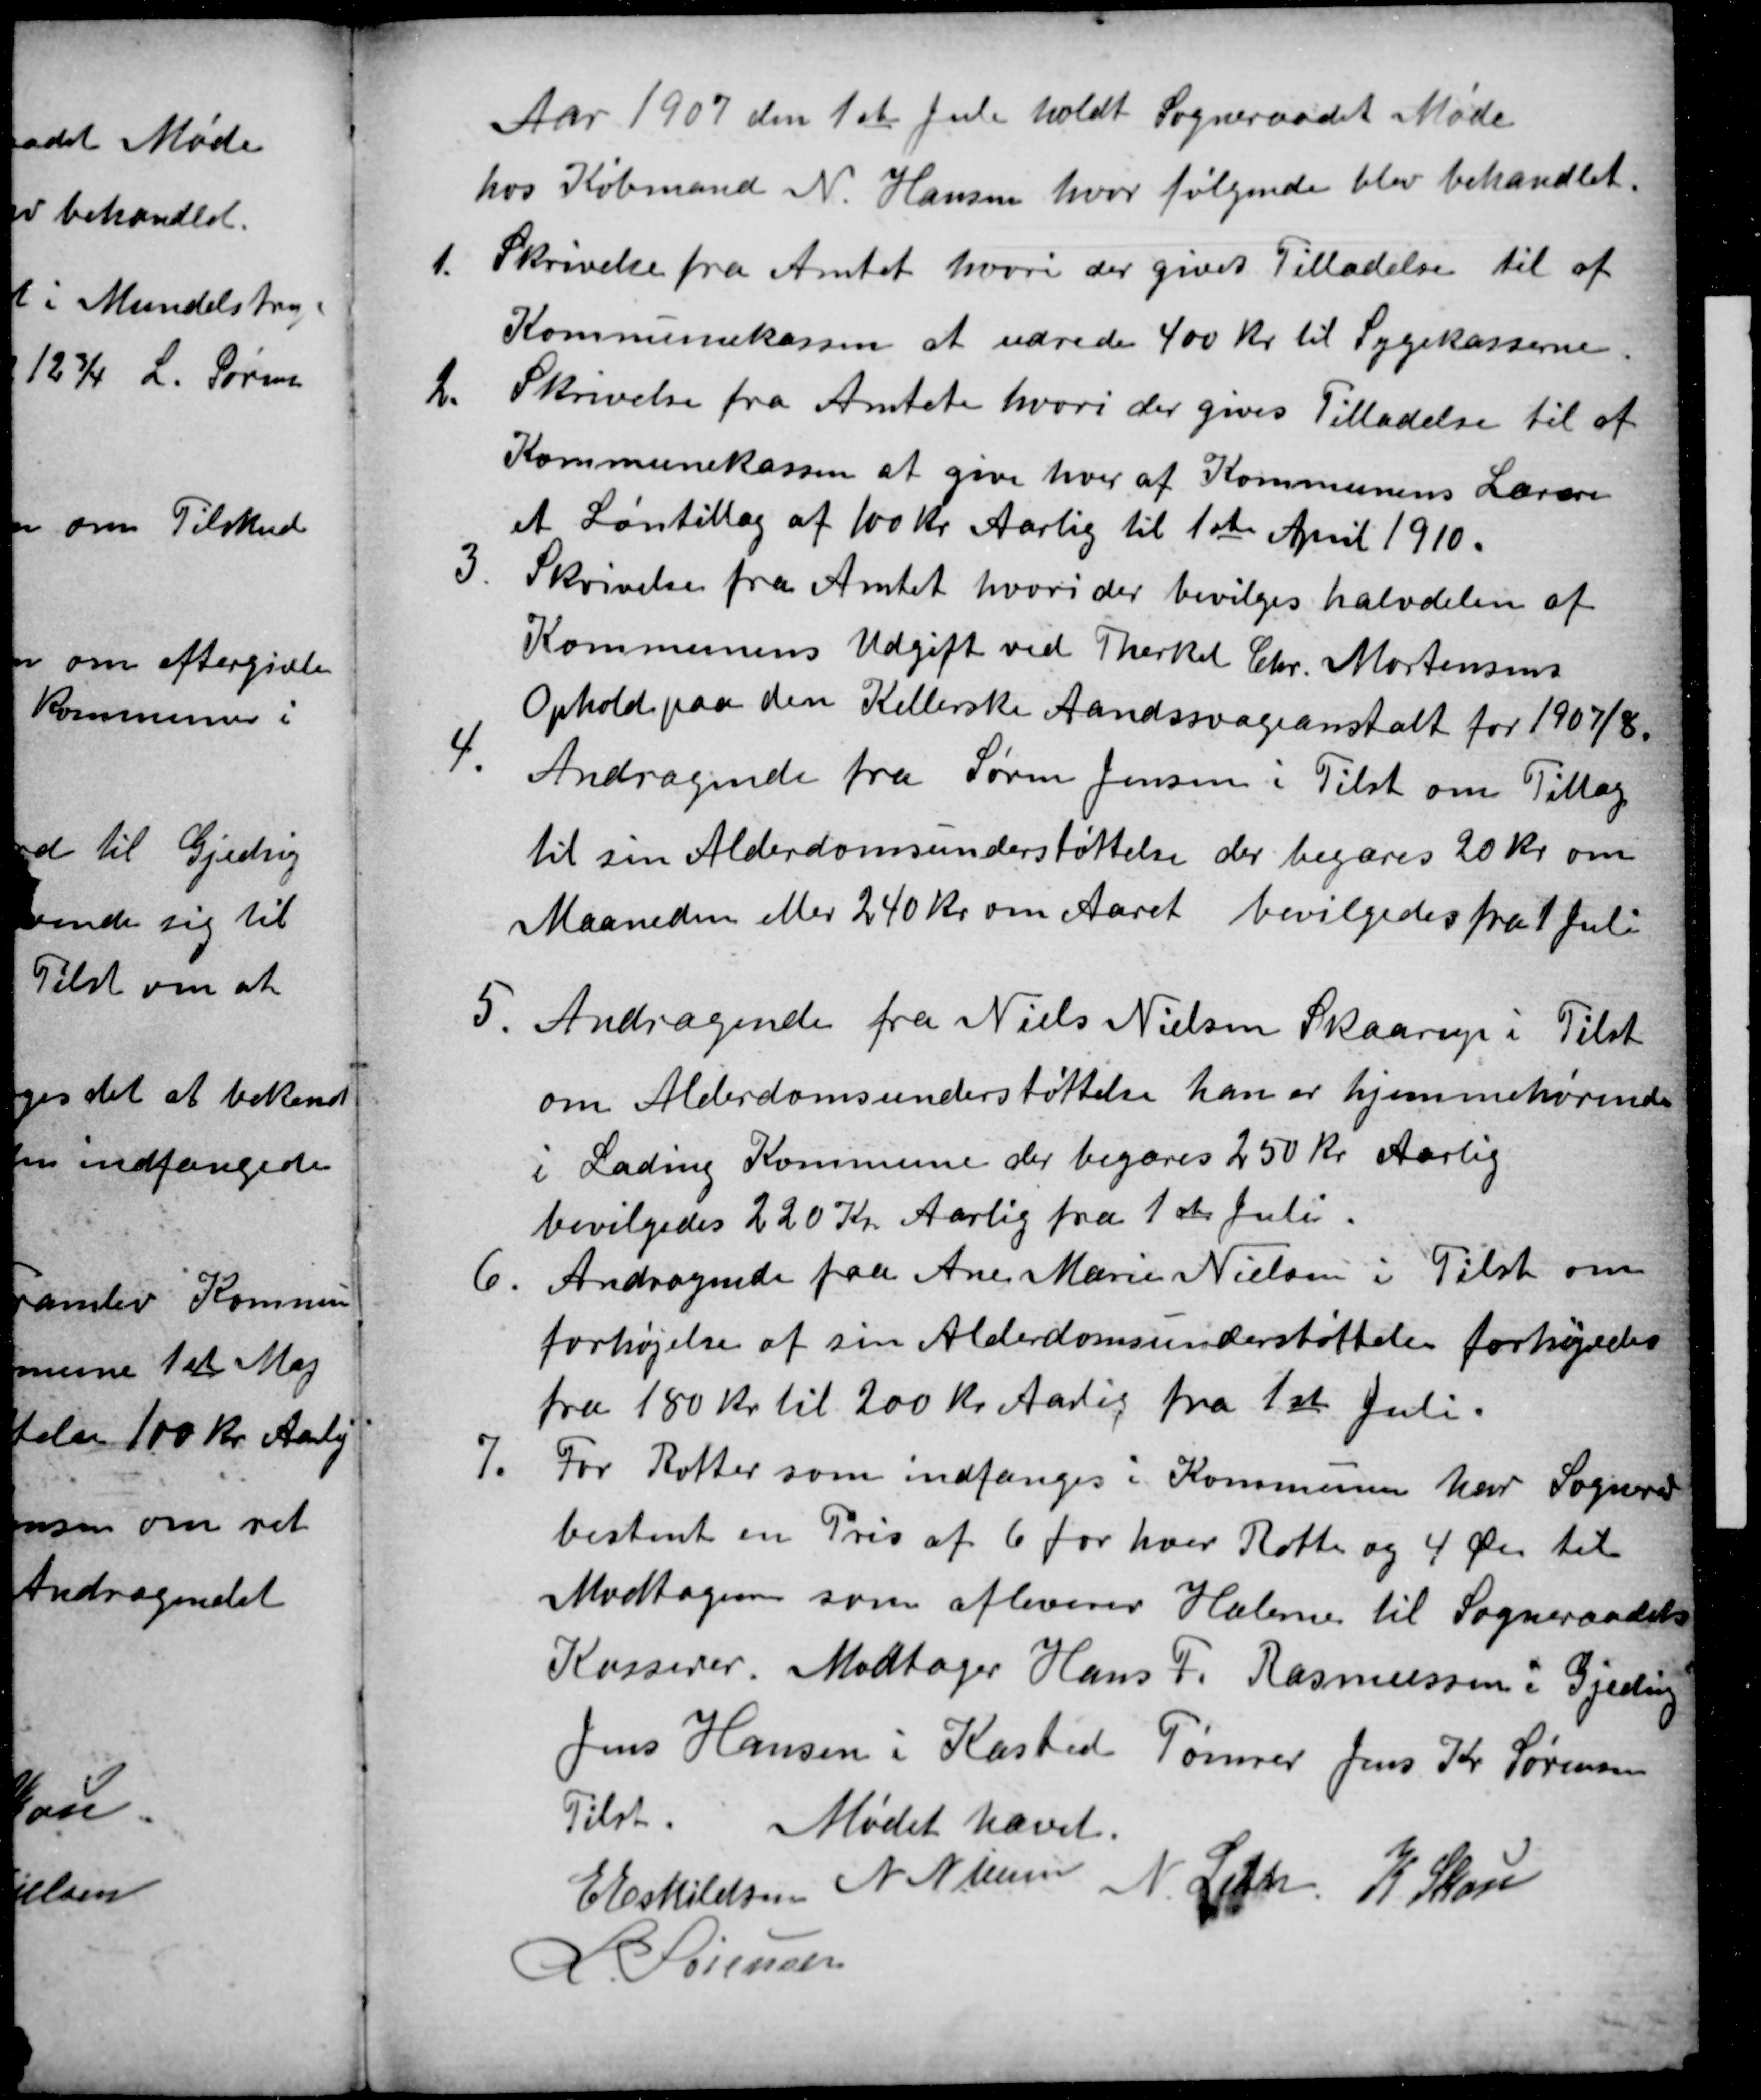
Transskription:
Aar 1907 den 1st Juli holdt Sogneraadet Møde
hos Købmand N. Hansen, hvor følgende blev behandlet.
1.
Skrivelse fra Amtet, hvori der gives Tilladelse til af
Kommunekassen at udrede 400 Kr til Sygekasserne.
2.
Skrivelse fra Amtet hvori der gives Tilladelse til af
Kommunekassen at give hver af Kommunens Lærere
et Løntillæg af 100 Kr Aarlig til 1ste April 1910.
3.
Skrivelse fra Amtet hvori der bevilges halvdelen af
Kommunens Udgift ved Therkel Chr. Mortensens
Ophold paa den Kellerske Aandssvageanstalt for 1907/8.
4.
Andragende fra Søren Jensen i Tilst om Tillæg
til sin Alderdomsunderstøttelse der begæres 20 Kr om
Maaneden eller 240 Kr om Aaret bevilgedes fra 1 Juli
5.
Andragende fra Niels Nielsen Skaarup i Tilst
om Alderdomsunderstøttelse han er hjemmehørende
i Lading Kommune der begæres 250 Kr Aarlig
bevilgedes 220 Kr Aarlig fra 1st Juli.
6
Andragende fra Ane Marie Nielsen i Tilst om
forhøjelse af sin Alderdomsunderstøttelse forhøjedes
fra 180 Kr til 200 Kr Aarig fra 1st Juli.
7.
For Rotter som indfanges i Kommunen har Sognerad
bestemt en Pris af 6 for hver Rotte og 4 Øre til
Modtageren som afleverer Halerne til Sogneraadets
Kasserer. Modtager Hans F. Rasmussen i Gjeding
Jens Hansen i Kasted Tømrer Jens Kr Sørensen
Tilst.
Mødet hævet.
E Eskildsen N Nielsen N Leth K Skou
L Sørensen